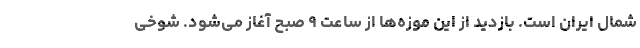
شمال ایران است. بازدید از این موزه‌ها از ساعت ۹ صبح آغاز می‌شود. شوخی